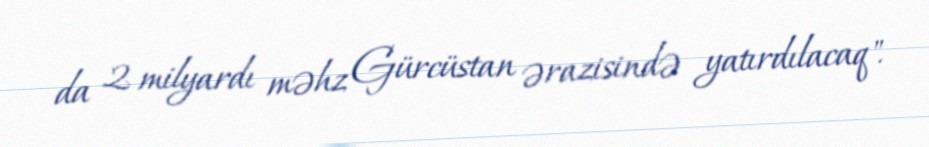
da 2 milyardı məhz Gürcüstan ərazisində yatırdılacaq".